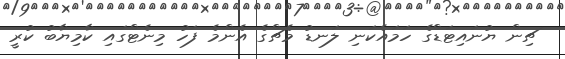
ޗިން ޔުނައިޓަޑްގެ ހަމައެކަނި ލަނޑު މެޗްގެ އެންމެ ފަހު މިނެޓްގައި ކާމިޔާބު ކުރީ